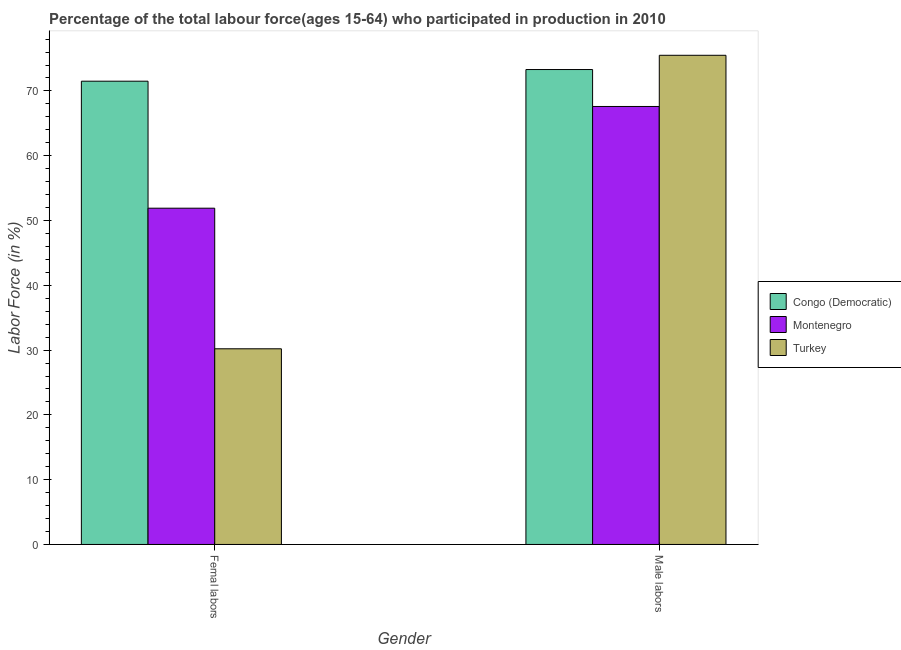
| Gender | Congo (Democratic) | Montenegro | Turkey |
 | --- | --- | --- | --- |
 | Femal labors | 71.5 | 51.9 | 30.2 |
 | Male labors | 73.3 | 67.6 | 75.5 |